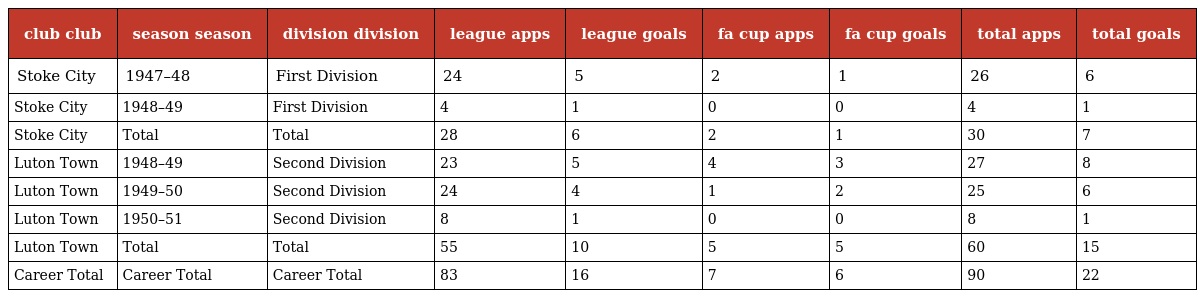
| club club | season season | division division | league apps | league goals | fa cup apps | fa cup goals | total apps | total goals |
 | --- | --- | --- | --- | --- | --- | --- | --- | --- |
 | Stoke City | 1947–48 | First Division | 24 | 5 | 2 | 1 | 26 | 6 |
 | Stoke City | 1948–49 | First Division | 4 | 1 | 0 | 0 | 4 | 1 |
 | Stoke City | Total | Total | 28 | 6 | 2 | 1 | 30 | 7 |
 | Luton Town | 1948–49 | Second Division | 23 | 5 | 4 | 3 | 27 | 8 |
 | Luton Town | 1949–50 | Second Division | 24 | 4 | 1 | 2 | 25 | 6 |
 | Luton Town | 1950–51 | Second Division | 8 | 1 | 0 | 0 | 8 | 1 |
 | Luton Town | Total | Total | 55 | 10 | 5 | 5 | 60 | 15 |
 | Career Total | Career Total | Career Total | 83 | 16 | 7 | 6 | 90 | 22 |